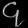
Digit: ၄